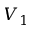
V _ { 1 }